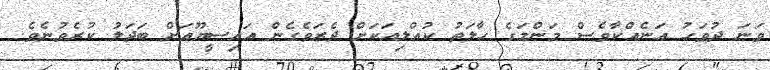
ވަނަ ދުވަހު އަނެއްކާވެސް މަންމަގެ ހާލަތު ކުއްލިއަކަށް ދެރަވެގެން އައިސީޔޫއަށް ބަދަލު ކުރެވުނެވެ.